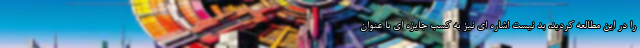
را در این مطالعه کردید، بد نیست اشاره ای نیز به کسب جایزه ای با عنوان